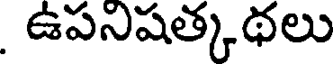
ఉపనిషత్కథలు